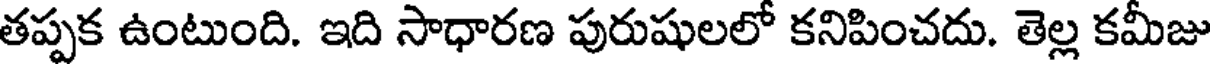
తప్పక ఉంటుంది. ఇది సాధారణ పురుషులలో కనిపించదు. తెల్ల కమీజు